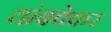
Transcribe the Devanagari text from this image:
तांबवेकर